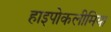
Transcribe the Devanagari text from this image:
हाइपोकलीमिया